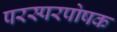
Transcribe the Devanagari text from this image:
परस्परपोषक